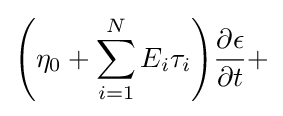
{\left({\eta _{0}+\sum _{i=1}^{N}{E_{i}\tau _{i}}}\right)}{\frac {\partial {\epsilon }}{\partial {t}}}+